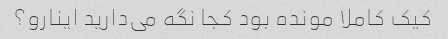
کیک کاملا مونده بود کجا نگه می‌دارید اینارو؟